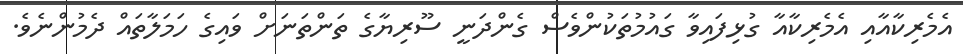
އެމެރިކާއާއި އެމެރިކާއާ ގުޅިފައިވާ ގައުމުތަކުންވެސް ގެންދަނީ ސޫރިޔާގެ ތަންތަނަށް ވައިގެ ހަމަލާތައް ދެމުންނެވެ.